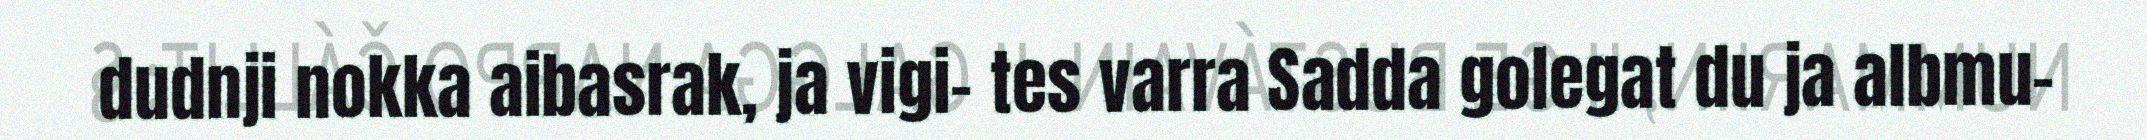
dudnji nokka aibasrak, ja vigi- tes varra Sadda golegat du ja albmu-